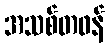
အသစ်တဖန်